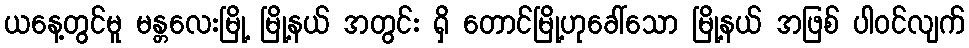
ယနေ့တွင်မူ မန္တလေးမြို့ မြို့နယ် အတွင်း ရှိ တောင်မြို့ဟုခေါ်သော မြို့နယ် အဖြစ် ပါဝင်လျက်